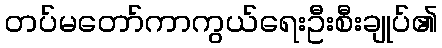
တပ်မတော်ကာကွယ်ရေးဦးစီးချုပ်၏